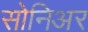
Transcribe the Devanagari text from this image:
सोनिअर